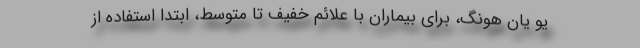
یو یان هونگ، برای بیماران با علائم خفیف تا متوسط، ابتدا استفاده از